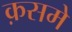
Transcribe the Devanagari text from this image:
क़समे